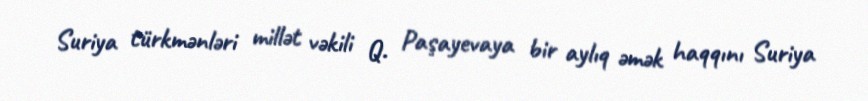
Suriya türkmənləri millət vəkili Q. Paşayevaya bir aylıq əmək haqqını Suriya